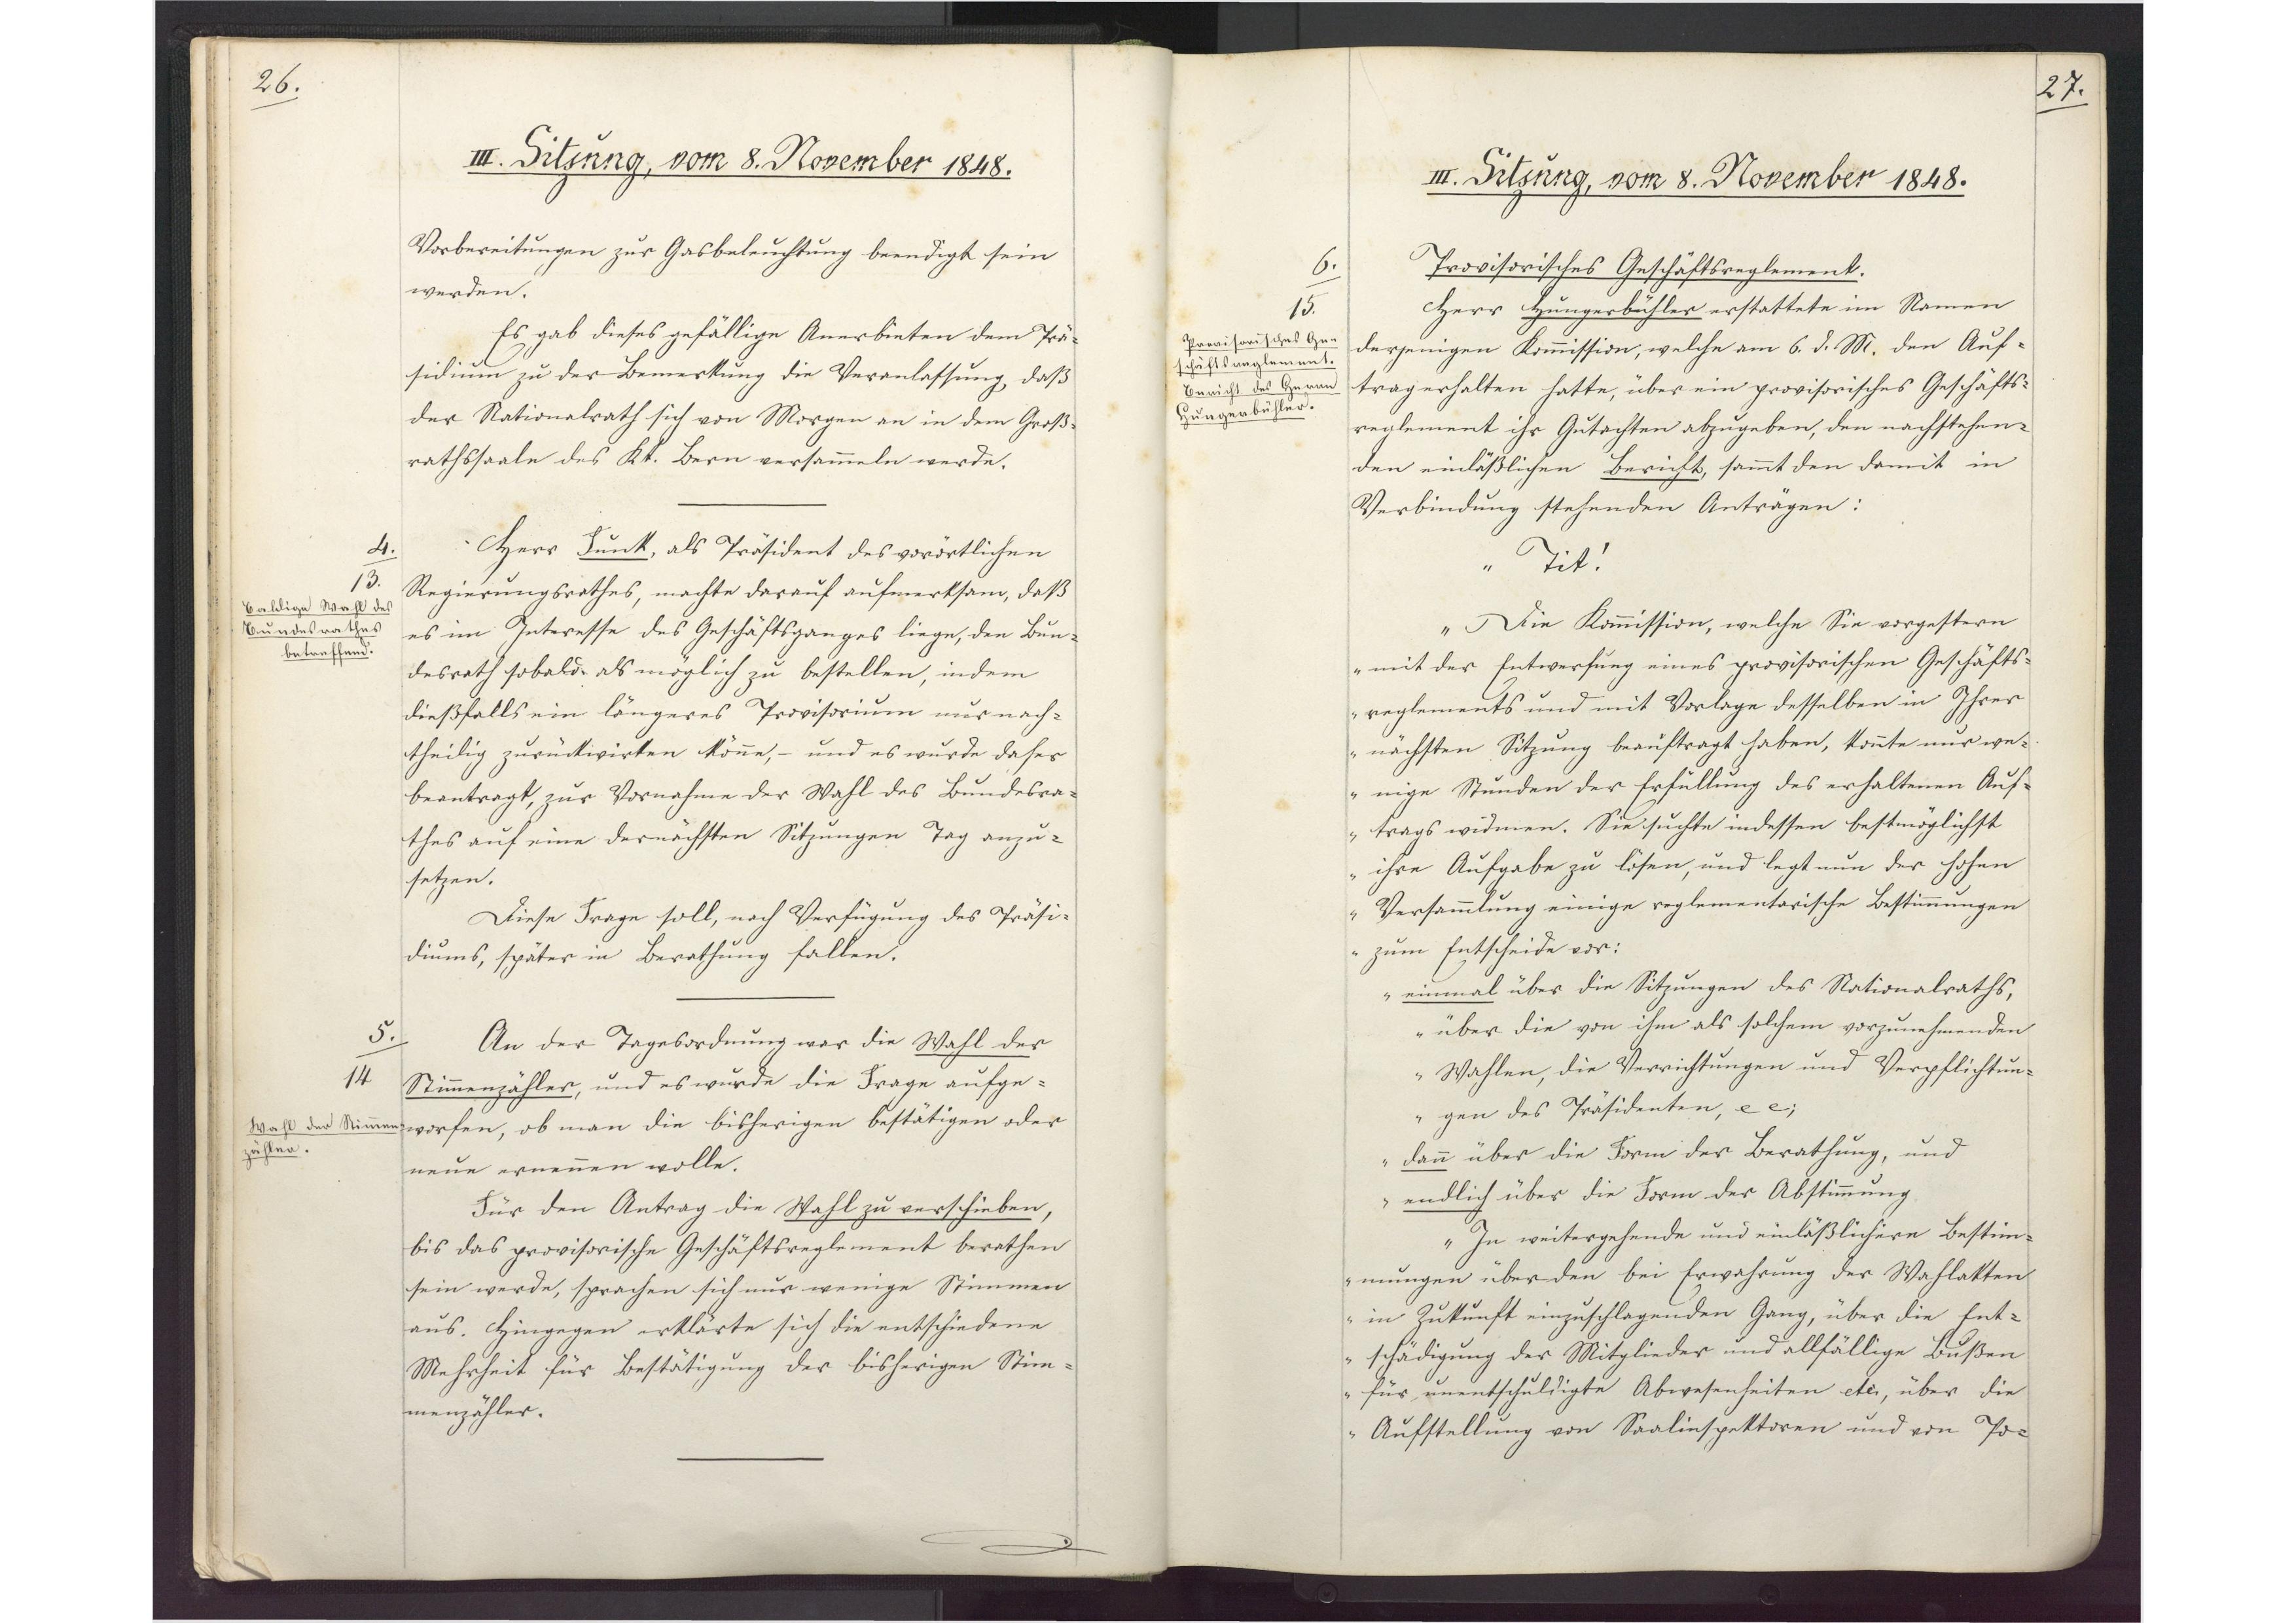
26.

III. Sitzung, vom 8. November 1848.

Vorbereitungen zur Gasbeleuchtung beendigt sein
werden.
Es gab dieses gefällige Anerbieten dem Prä¬
sidium zu der Bemerkung die Veranlassung, daß
der Nationalrath sich von Morgen an in dem Groß¬
rathssaale des Kt. Bern versammeln werde.
Herr Funk, als Präsident des vorörtlichen
Regierungsrathes, machte darauf aufmerksam, daß
es im Interesse des Geschäftsganges liege, den Bun¬
desrath sobald als möglich zu bestellen, indem
dießfalls ein längeres Provisorium nur nach¬
theilig zurückwirken könne, - und es wurde daher
beantragt, zur Vornahme der Wahl des Bundesra¬
thes auf eine der nächsten Sitzungen Tag anzu¬
setzen.
Diese Frage soll, nach Verfügung des Präsi¬
diums, später in Berathung fallen.
An der Tagesordnung war die Wahl der
Stimmenzähler, und es wurde die Frage aufge¬
worfen, ob man die bisherigen bestätigen oder
neue ernennen wolle.
Für den Antrag die Wahl zu verschieben,
bis das provisorische Geschäftsreglement berathen
sein werde, sprachen sich nur wenige Stimmen
aus. Hingegen erklärte sich die entschiedene
Mehrheit für Bestätigung der bisherigen Stim¬
menzähler.

4.
13.
Baldige Wahl des
Bundesrathes
betreffend.

5.
14
Wahl der Stimmen¬
zähler.

27.

III. Sitzung, vom 8. November 1848.

Provisorisches Geschäftsreglement.
Herr Hungerbühler erstattete im Namen
derjenigen Kommission, welche am 6. d. M. den Auf¬
trag erhalten hatte, über ein provisorisches Geschäfts¬
reglement ihr Gutachten abzugeben, den nachstehen¬
den einläßlichen Bericht, sammt den damit in
Verbindung stehenden Anträgen:
"Tit!
Die Kommission, welche Sie vorgestern
mit der Entwerfung eines provisorischen Geschäfts¬
reglements und mit Vorlage desselben in Ihrer
nächsten Sitzung beauftragt haben, konnte nur we¬
nige Stunden der Erfüllung des erhaltenen Auf¬
trags widmen. Sie suchte indessen bestmöglichst
ihre Aufgabe zu lösen, und legt nun der hohen
Versammlung einige reglementarische Bestimmungen
zum Entscheide vor:
einmal über die Sitzungen des Nationalraths,
über die von ihm als solchem vorzunehmenden
Wahlen, die Verrichtungen und Verpflichtun¬
gen des Präsidenten, etc.;
Dann über die Form der Berathung, und
endlich über die Form der Abstimmung
In weitergehende und einläßlichere Bestim¬
mungen über den bei Erwahrung der Wahlakten
in Zukunft einzuschlagenden Gang, über die Ent¬
schädigung der Mitglieder und allfällige Bußen
für unentschuldigte Abwesenheiten etc, über die
Aufstellung von Saalinspektoren und von Po¬

6.
15
Provisorisches Ge¬
schäftsreglement.
Bericht des Herrn
Hungerbühler.